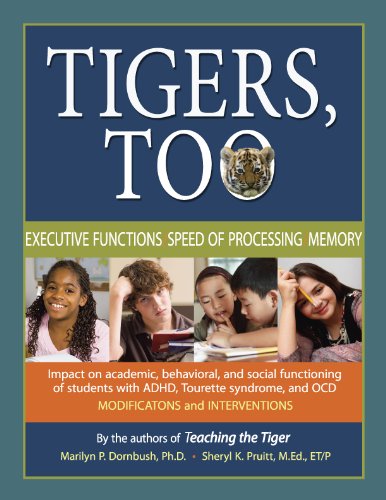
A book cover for Tigers, Too: Executive Functions/Speed of Processing/Memory: Impact on Academic, Behavioral, and Social Functioning of Students w/ Attention Deficit ... ... Disorder-Modifications and Interventio; Marilyn P. Dornbush; Health, Fitness & Dieting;